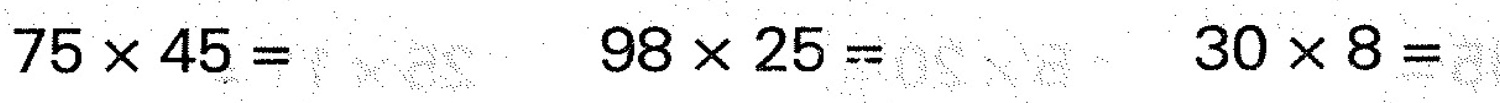
$$7 5 \times 4 5 =$$ $$9 8 \times 2 5 =$$ $$3 0 \times 8 =$$